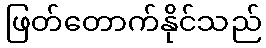
ဖြတ်တောက်နိုင်သည်